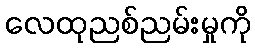
လေထုညစ်ညမ်းမှုကို